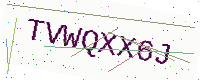
Text: TVWQXX6J